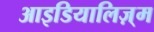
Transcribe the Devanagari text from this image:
आइडियालिज़्म